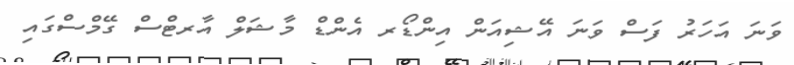
ވަނަ އަހަރު ފަސް ވަނަ އޭޝިއަން އިންޑޯރ އެންޑް މާޝަލް އާރޓްސް ގޭމްސްގައި